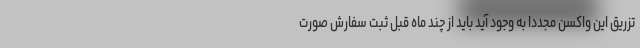
تزریق این واکسن مجددا به وجود آید باید از چند ماه قبل ثبت سفارش صورت